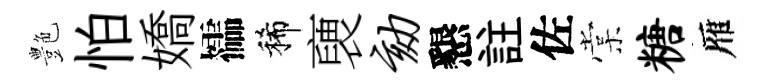
艶怕嬌櫺稀褏劾懇註佐棠糖雁